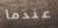
عندما